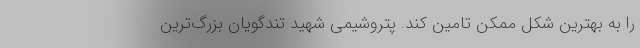
را به بهترین شکل ممکن تامین کند. پتروشیمی شهید تندگویان بزرگ‌ترین